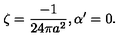
\zeta = \frac { - 1 } { 2 4 \pi a ^ { 2 } } , \alpha ^ { \prime } = 0 .